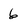
Character: 6